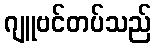
ဂျူဗင်တပ်သည်